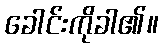
ခေါင်းကိုခါ၏။